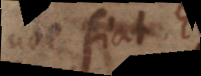
inde fiat